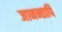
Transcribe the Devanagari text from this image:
जानन्तापि